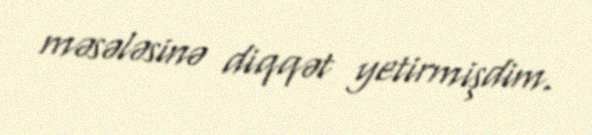
məsələsinə diqqət yetirmişdim.